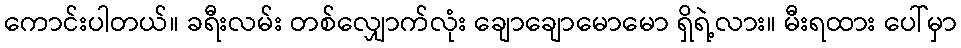
ကောင်းပါတယ်။ ခရီးလမ်း တစ်လျှောက်လုံး ချောချောမောမော ရှိရဲ့လား။ မီးရထား ပေါ်မှာ